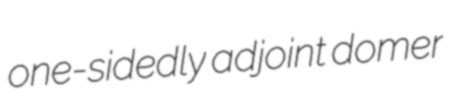
one-sidedly adjoint domer